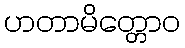
ဟတာမိတ္တောဝ